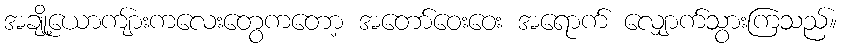
အချို့ယောကျ်ားကလေးတွေကတော့ အတော်ဝေးဝေး အရောက် လျှောက်သွားကြသည်။